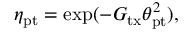
\eta _ { \mathrm { p t } } = \exp ( - G _ { \mathrm { t x } } \theta _ { \mathrm { p t } } ^ { 2 } ) ,